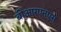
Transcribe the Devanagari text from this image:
बीआरएनएस